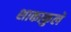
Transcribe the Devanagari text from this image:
शाकाकुले